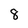
Character: 8